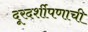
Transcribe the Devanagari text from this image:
दूरदर्शीपणाची